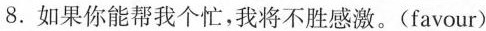
8.如果你能帮我个忙，我将不胜感激。(favour)